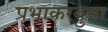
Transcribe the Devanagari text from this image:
प्रभाकरबुवा